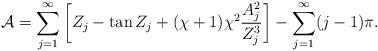
LaTeX: \begin{align*}\mathcal{A} = \sum_{j=1}^\infty \left[ Z_j -\tan Z_j+(\chi+1)\chi^2\frac{A_j^2}{Z_j^3}\right]-\sum_{j=1}^\infty (j-1)\pi.\end{align*}